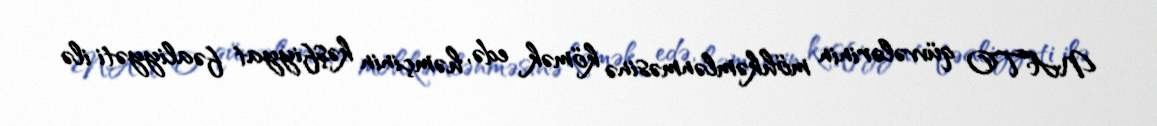
NATO qüvvələrinin möhkəmlənməsinə kömək edə, həmçinin kəşfiyyat fəaliyyəti ilə